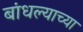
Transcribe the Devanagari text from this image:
बांधल्याच्या